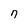
Character: n